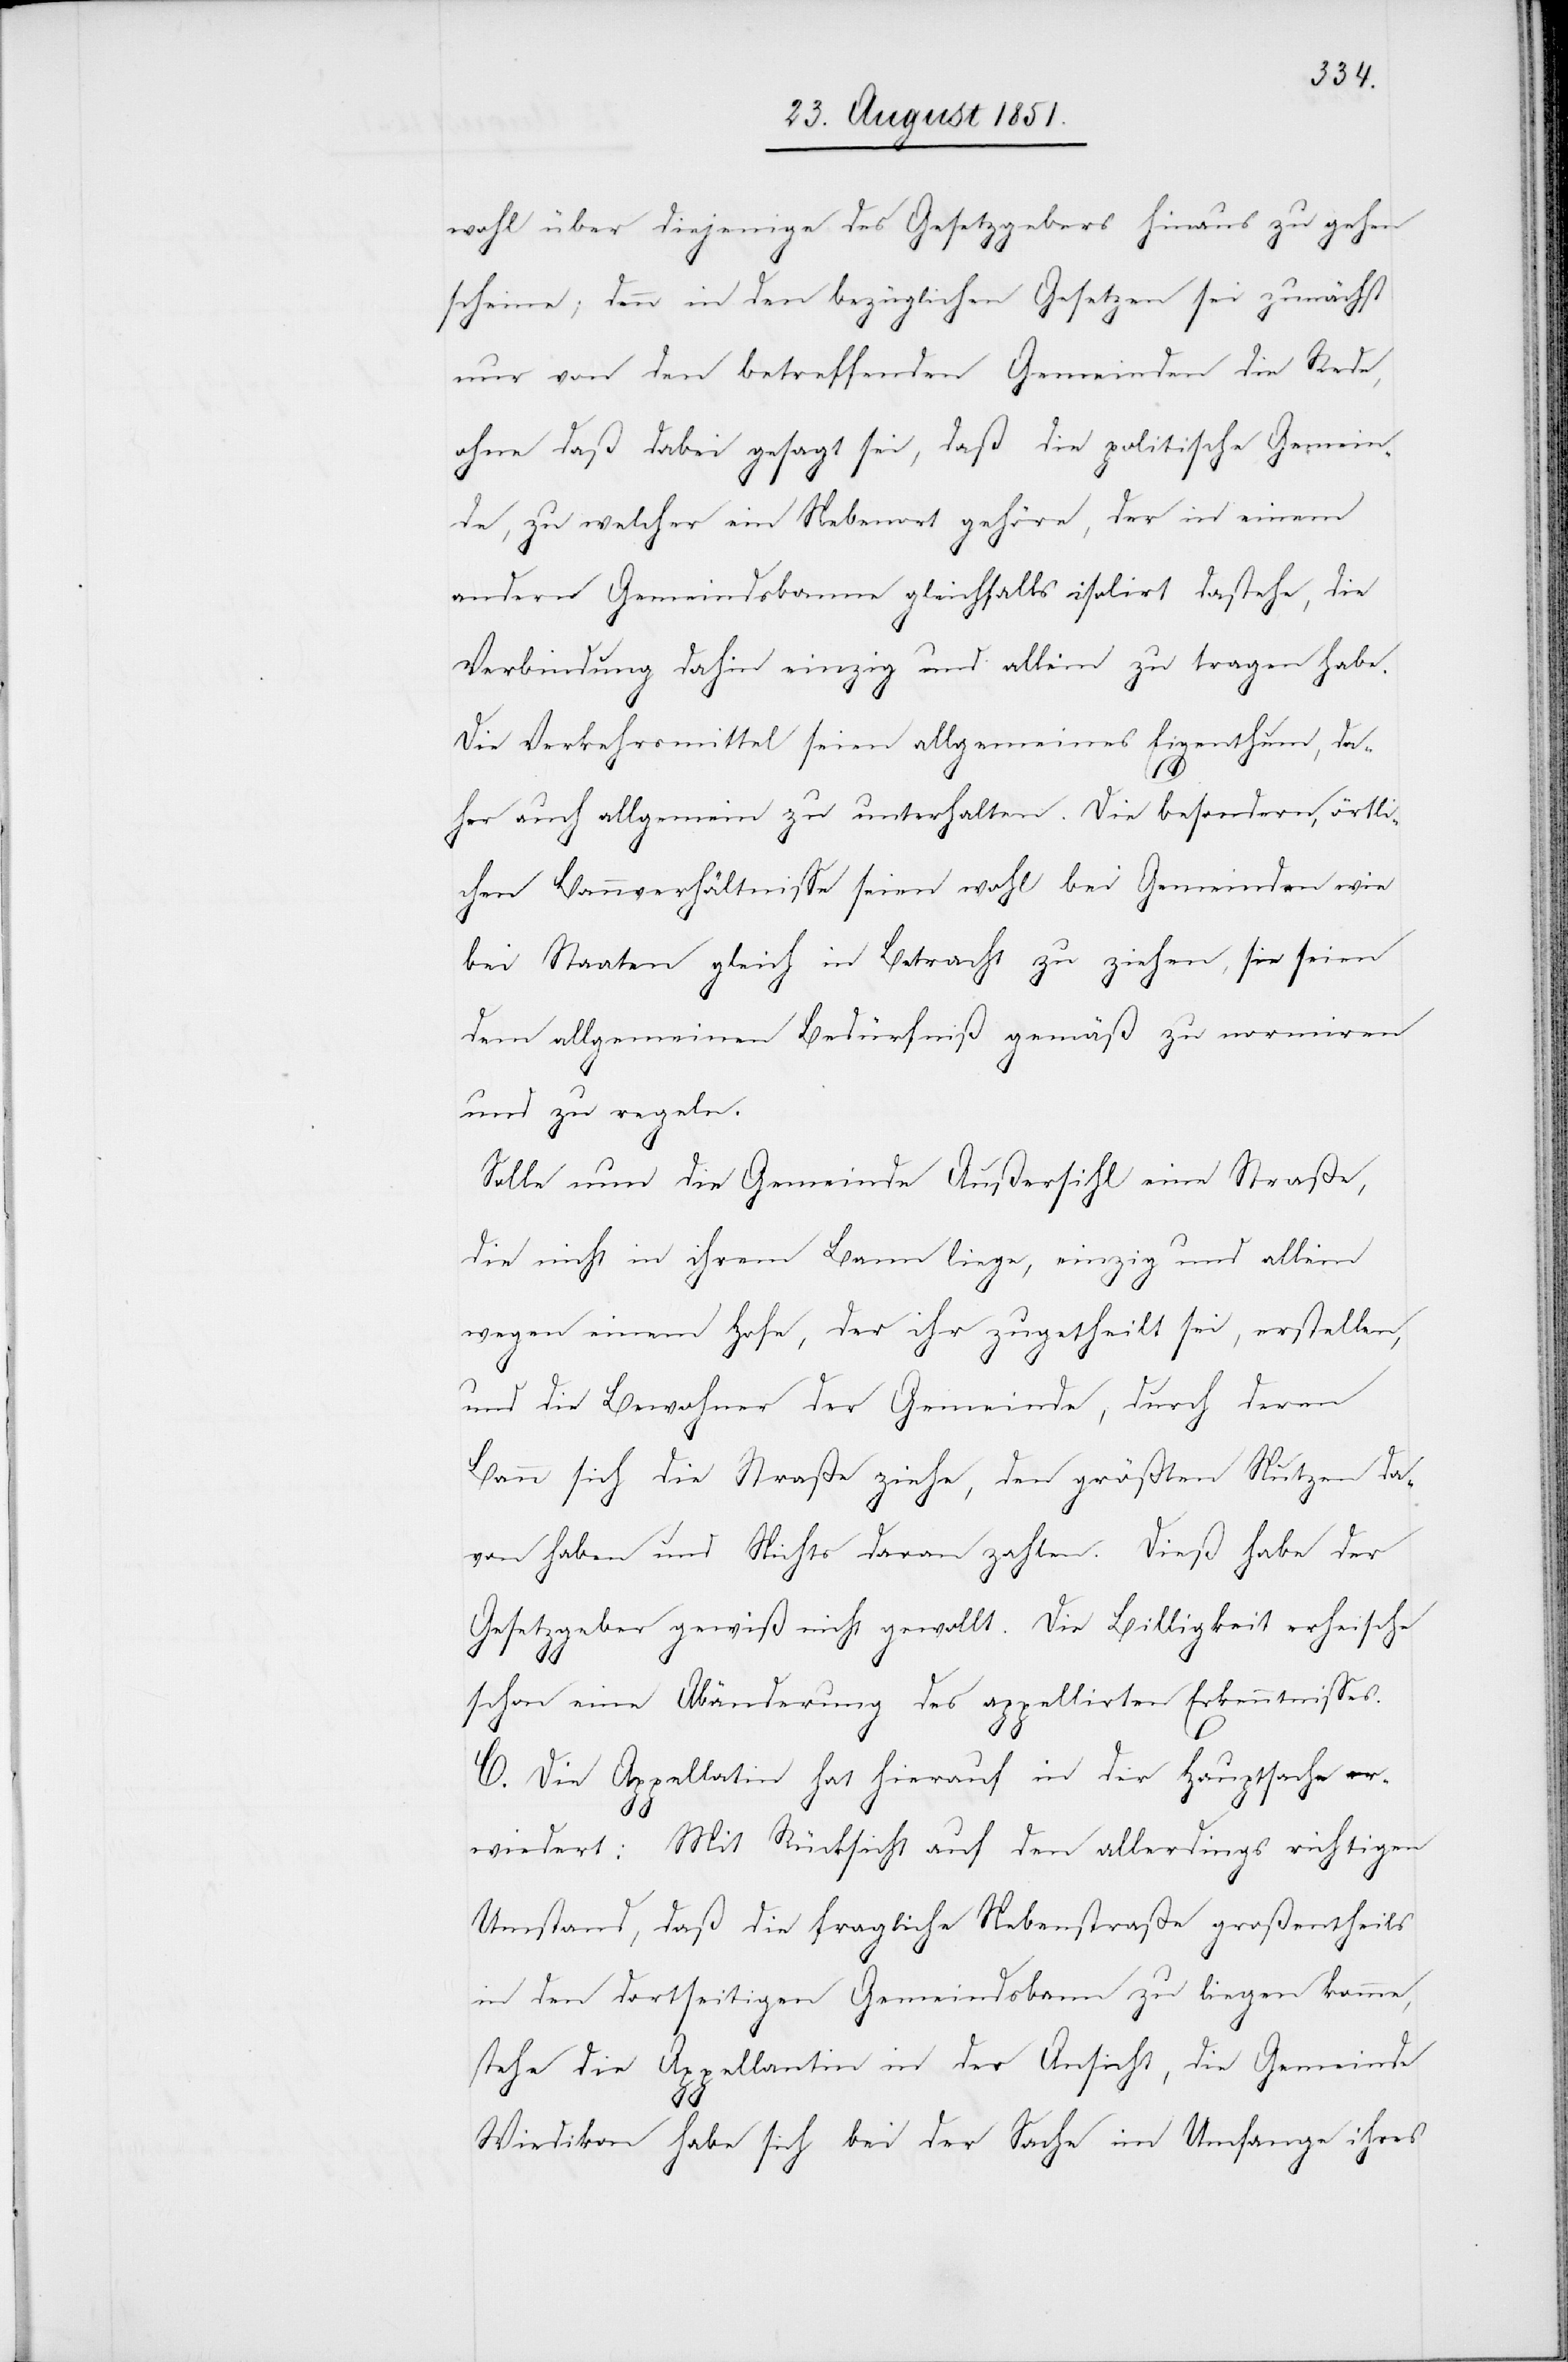
wohl über diejenige des Gesetzgebers hinaus zu gehen
scheine; denn in den bezüglichen Gesetzen sei zunächst
nur von den betreffenden Gemeinden die Rede,
ohne daß dabei gesagt sei, daß die politische Gemein¬
de, zu welcher ein Nebenort gehöre, der in einem
andern Gemeindsbanne gleichfalls isolirt dastehe, die
Verbindung dahin einzig und allein zu tragen habe.
Die Verkehrsmittel seien allgemeines Eigenthum, da¬
her auch allgemein zu unterhalten. Die besondern, örtli¬
chen Bannverhältnisse seien wohl bei Gemeinden wie
bei Staaten gleich in Betracht zu ziehen, sie seien
dem allgemeinen Bedürfniß gemäß zu normiren
und zu regeln.
Solle nun die Gemeinde Außersihl eine Straße,
die nicht in ihrem Bann liege, einzig und allein
wegen einem Hofe, der ihr zugetheilt sei, erstellen,
und die Bewohner der Gemeinde, durch deren
Bann sich die Straße ziehe, den größten Nutzen da¬
von haben und Nichts daran zahlen. Dieß habe der
Gesetzgeber gewiß nicht gewollt. Die Billigkeit erheische
schon eine Abänderung des appellirten Erkenntnisses.
C. Die Appellatin hat hierauf in der Hauptsache er¬
wiedert: Mit Rücksicht auf den allerdings richtigen
Umstand, daß die fragliche Nebenstraße großentheils
in den dortseitigen Gemeindsbann zu liegen komme,
stehe die Appellantin in der Ansicht, die Gemeinde
Wiedikon habe sich bei der Sache im Umfange ihres